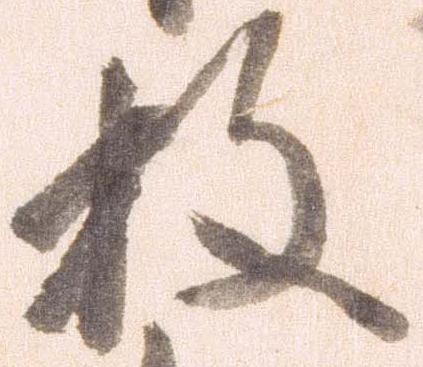
枚